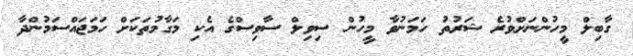
ގާބިލް މީހުންނަށްވުރެ ޝަރުތު ހަމަނުވާ މީހުން ސިވިލް ސާވިސްގެ އެކި މަގާމުތަކަށް ހަމަޖައްސަމުންދާ